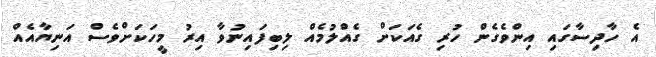
އެ ހާދިސާގައި އިންވެގެން ހުރި ގެއަކަށް ގެއްލުމެއް ލިބިފައިނުވާ އިރު މީހަކަށްވެސް އަނިޔާއެއް